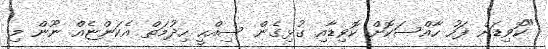
"ކޮވިޑަށް ފަހު ހާއްސަކޮށް ކޮވިޑާއި ގުޅިގެން ސިއްހީ ހިދުމަތް އެކަންޏެއް ނޫން މި